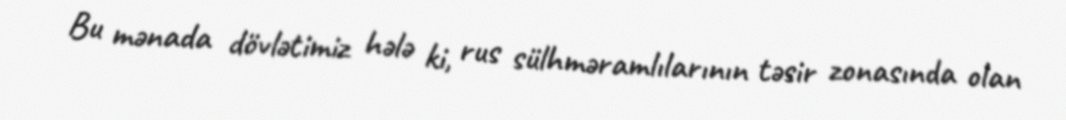
Bu mənada dövlətimiz hələ ki, rus sülhməramlılarının təsir zonasında olan